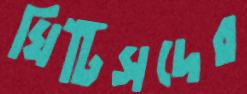
ঘিটিসদের